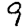
Digit: 9